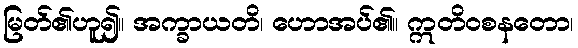
မြတ်၏ဟူ၍။ အက္ခာယတိ၊ ဟောအပ်၏။ ဣတိဝစနတော၊